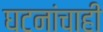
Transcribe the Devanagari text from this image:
घटनांचाही